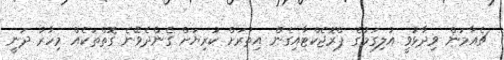
ޗެއާމަން ވިދާޅުވީ އުލިގަމުގެ ޕްރޮޖެކްޓާއިގެން އިތުރަށް ކުރިޔަށް ގެންދެވޭނެ ގޮތްތަކެއް މިހާރު ދަނީ